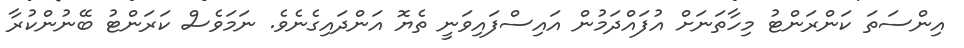
އިންސަތަ ކަންރަންޓު މިހާތަނަށް އުފައްދަމުން އައިސްފައިވަނީ ތެޔޮ އަންދައިގެނެވެ. ނަމަވެސް ކަރަންޓު ބޭނުންކުރާ